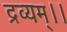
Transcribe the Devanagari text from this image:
द्रव्यम्।।